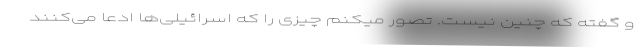
و گفته که چنین نیست. تصور میکنم چیزی را که اسرائیلی‌ها ادعا می‌کنند